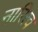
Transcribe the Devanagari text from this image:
नारित्व